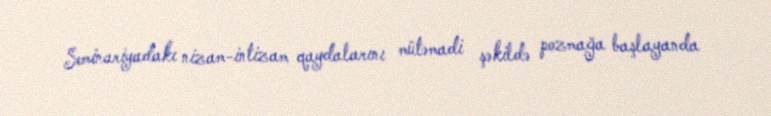
Seminariyadakı nizam-intizam qaydalarını mütəmadi şəkildə pozmağa başlayanda